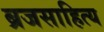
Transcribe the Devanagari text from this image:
ब्रजसाहित्य